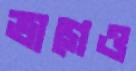
ভাগেও